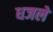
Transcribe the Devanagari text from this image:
धजले